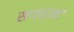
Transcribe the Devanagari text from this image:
साथप्रकट